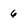
Character: 6